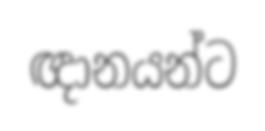
ඥානයන්ට